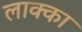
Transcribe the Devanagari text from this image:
लाक्का